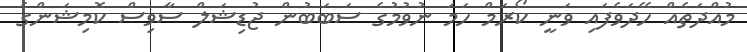
މުއްދަތެއް ހޭދަވެފައި ވަނީ ކޯރަމް ހަމަ ނުވުމުގެ ސަބަބުން ޖުޑިޝަލް ސާވިސް ކޮމިޝަންގެ